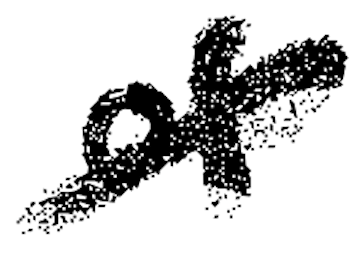
Text: of
Cross-out: diagonal
Writing tool: digital_black